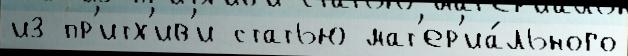
из пр'итх'ив'и статью мат'ер'иа́льного